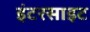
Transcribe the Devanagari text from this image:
इंटरसाइट